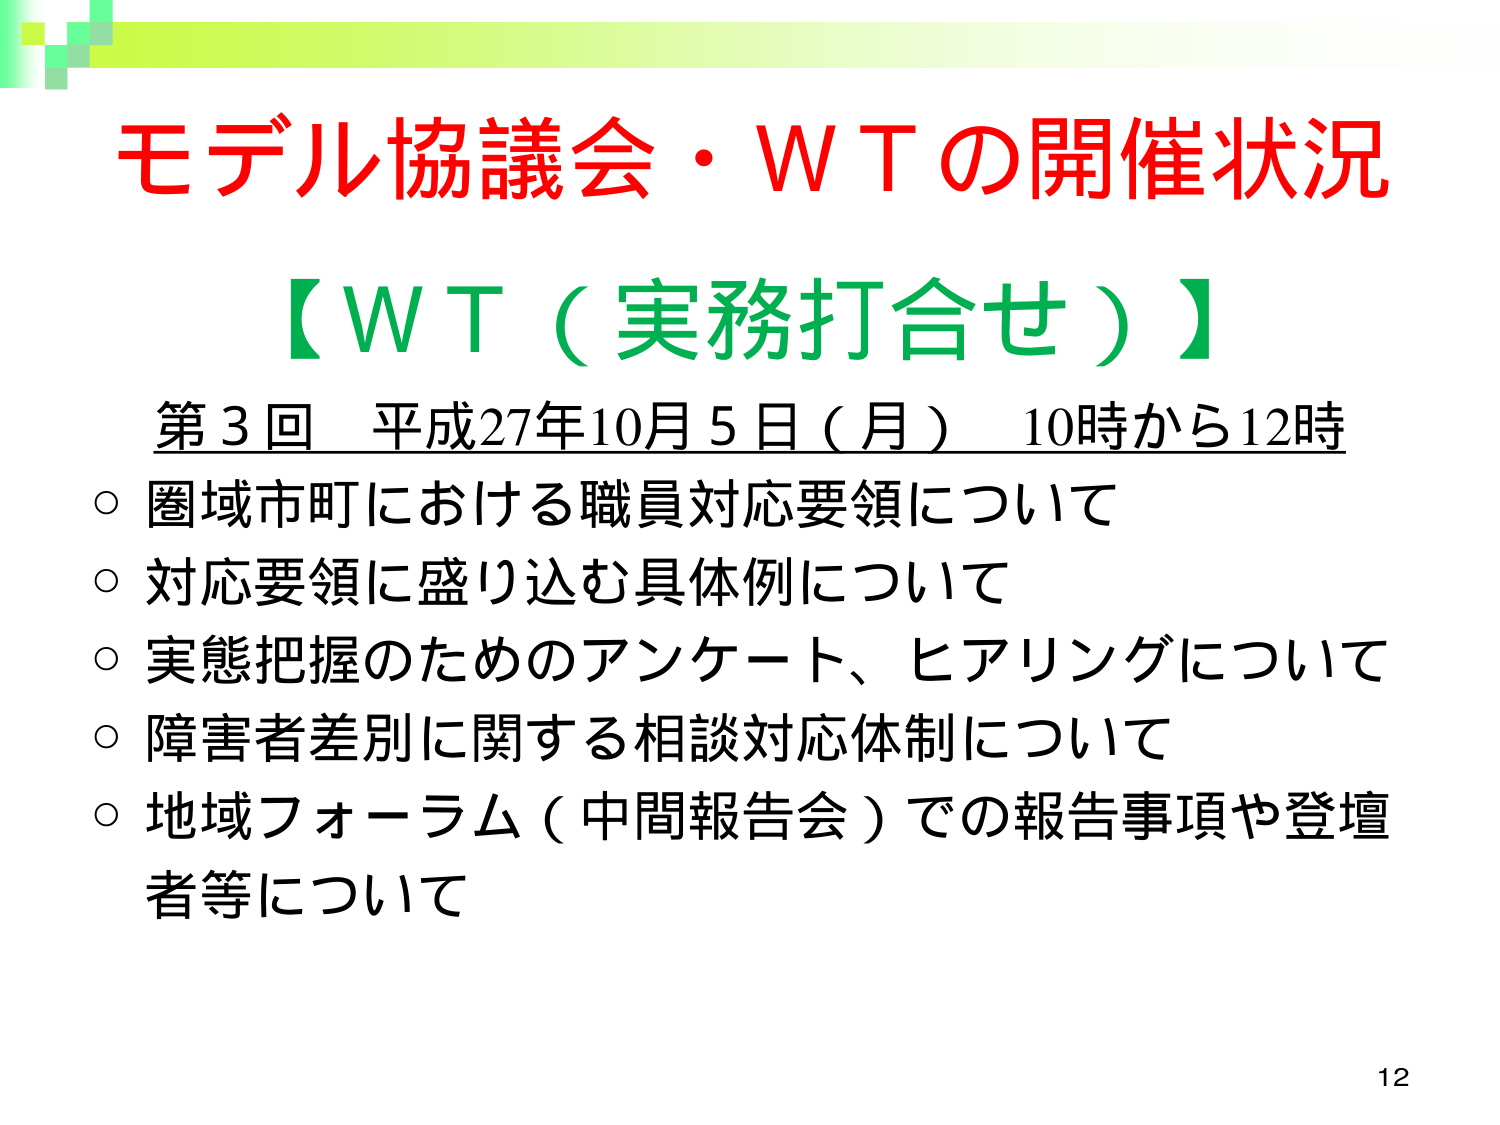
モデル協議会・WTの開催状況
【WT（実務打合せ）】
第3回 平成27年10月5日（月） 10時から12時
○ 圏域市町における職員対応要領について
○ 対応要領に盛り込む具体例について
○ 実態把握のためのアンケート、ヒアリングについて
○ 障害者差別に関する相談対応体制について
○ 地域フォーラム（中間報告会）での報告事項や登壇者等について
12